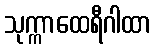
သုက္ကာထေရီဂါထာ